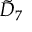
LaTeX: { \tilde { D } } _ { 7 }